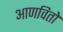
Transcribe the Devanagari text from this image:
आणवितो